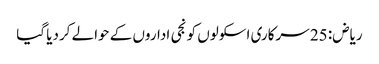
ریاض: 25 سرکاری اسکولوں کو نجی اداروں کے حوالے کردیا گیا